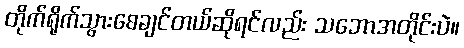
တိုက်ရိုက်သွားစေချင်တယ်ဆိုရင်လည်း သဘောအတိုင်းပဲ။